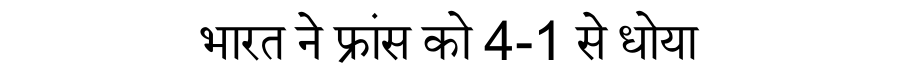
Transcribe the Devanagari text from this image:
भारत ने फ्रांस को 4-1 से धोया